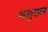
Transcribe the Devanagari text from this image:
कलुठान